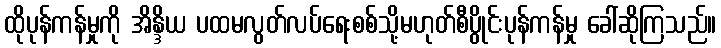
ထိုပုန်ကန်မှုကို အိန္ဒိယ ပထမလွတ်လပ်ရေးစစ်သို့မဟုတ်စီပွိုင်းပုန်ကန်မှု ခေါ်ဆိုကြသည်။